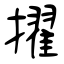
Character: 擢